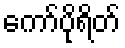
ကော်ပိုရိတ်